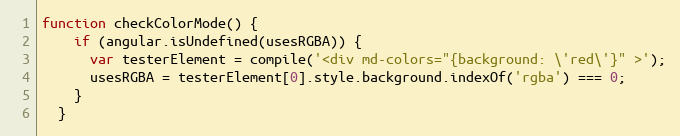
Language: JavaScript
function checkColorMode() {
    if (angular.isUndefined(usesRGBA)) {
      var testerElement = compile('<div md-colors="{background: \'red\'}" >');
      usesRGBA = testerElement[0].style.background.indexOf('rgba') === 0;
    }
  }